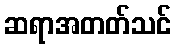
ဆရာအတတ်သင်